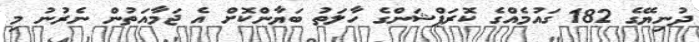
ދުނިޔޭގެ 182 ގައުމެއްގެ ކޮރަޕްޝަންގެ ހާލަތު ބަޔާންކޮށް އެ ޖަމާއަތުން ނެރުނު މި